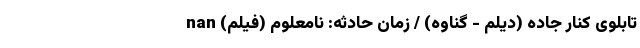
تابلوی کنار جاده (دیلم - گناوه) / زمان حادثه: نامعلوم (فیلم) nan